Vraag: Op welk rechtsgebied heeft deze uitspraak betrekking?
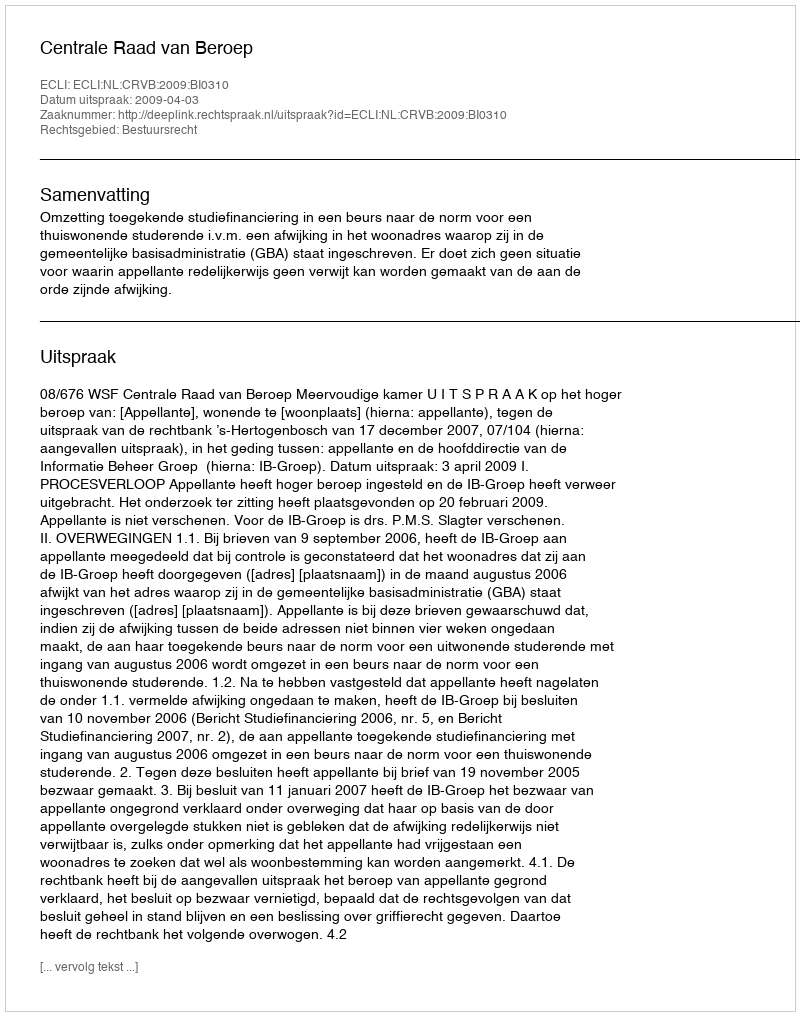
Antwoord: Bestuursrecht